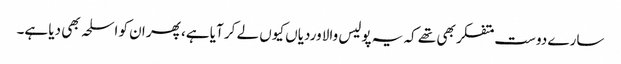
سارے دوست متفکر بھی تھے کہ یہ پولیس والا وردیاں کیوں لے کر آیا ہے، پھر ان کو اسلحہ بھی دیا ہے۔